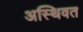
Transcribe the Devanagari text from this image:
अस्थिवत